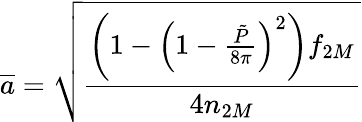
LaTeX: \overline{{{a}}}=\sqrt{\frac{\left(1-\left(1-\frac{\tilde{P}}{8\pi}\right)^{2}\right)f_{2M}}{4n_{2M}}}